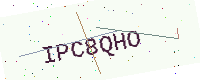
Text: IPC8QHO